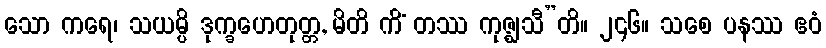
သော ကရေ၊ သယမ္ပိ ဒုက္ခဟေတုတ္တ, မိတိ ကိံ တဿ ကုဇ္ဈသီ”တိ။ ၂၄၆။ သစေ ပနဿ ဧဝံ